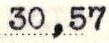
30,57